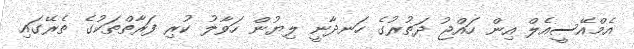
އެމްއޭސީއެލް އިން ހައްޖު ދަތުރުގެ ހަނދާނީ ލިޔުން ހަވާލު ކުރި ފަރާތްތަކުގެ ތެރޭގައި